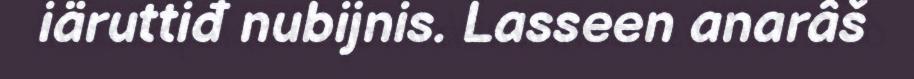
iäruttiđ nubijnis. Lasseen anarâš